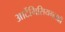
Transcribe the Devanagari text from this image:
आर्टेमिसियमलाही